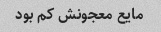
مایع معجونش کم بود